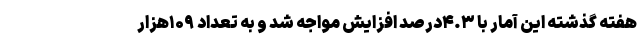
هفته گذشته این آمار با ۴.۳درصد افزایش مواجه شد و به تعداد ۱۰۹هزار